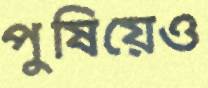
পুষিয়েও